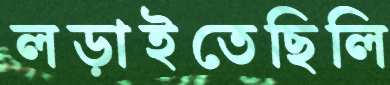
লড়াইতেছিলি